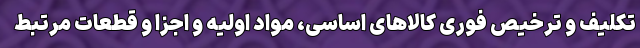
تکلیف و ترخیص فوری کالاهای اساسی، مواد اولیه و اجزا و قطعات مرتبط